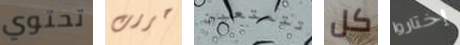
تحتوي حررت تتمتعين كل إختاروا